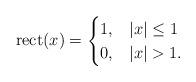
LaTeX: \begin{align*}\mbox{rect}(x)=\begin{cases}1, & |x|\leq 1 \\0, & |x|>1.\end{cases}\end{align*}